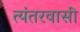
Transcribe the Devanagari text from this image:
त्यंतरवासी